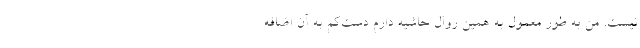
نیست. من به طور معمول به همین روال حاشیه دارم دست‌کم به آن اضافه